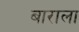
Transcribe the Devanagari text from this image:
बाराला